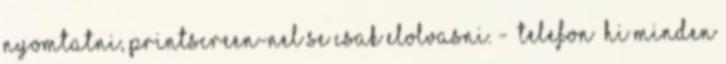
nyomtatni, printscreen-nel se Csak elolvasni. - TELEFON HI minden